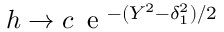
h \to c \, \textrm { e } ^ { - ( Y ^ { 2 } - \delta _ { 1 } ^ { 2 } ) / 2 }